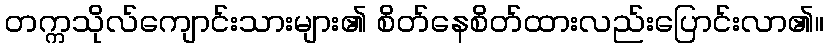
တက္ကသိုလ်ကျောင်းသားများ၏ စိတ်နေစိတ်ထားလည်းပြောင်းလာ၏။